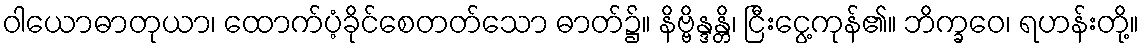
ဝါယောဓာတုယာ၊ ထောက်ပံ့ခိုင်စေတတ်သော ဓာတ်၌။ နိဗ္ဗိန္ဒန္တိ၊ ငြီးငွေ့ကုန်၏။ ဘိက္ခဝေ၊ ရဟန်းတို့။